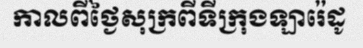
កាលពីថ្ងៃសុក្រពីទីក្រុងឡារ៉េដូ